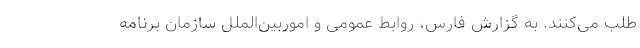
طلب می‌کنند. به گزارش فارس، روابط عمومی و اموربین‌الملل سازمان برنامه